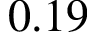
0 . 1 9